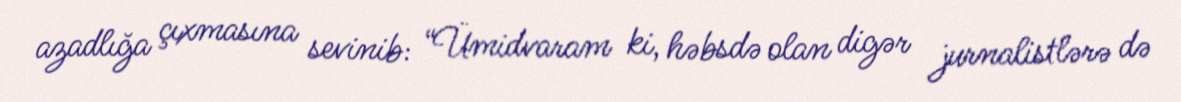
azadlığa çıxmasına sevinib: “Ümidvaram ki, həbsdə olan digər jurnalistlərə də